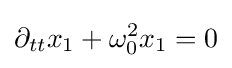
\partial _{tt}x_{1}+\omega _{0}^{2}x_{1}=0